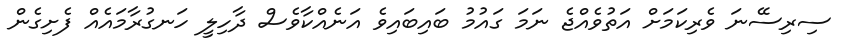
ސިރިސޭނަ ވެރިކަަމަށް އަތުވެއްޖެ ނަމަ ގައުމު ބައިބައިވެ އަނެއްކާވެސް ދާހިލީ ހަނގުރާމައެއް ފެށިގެން